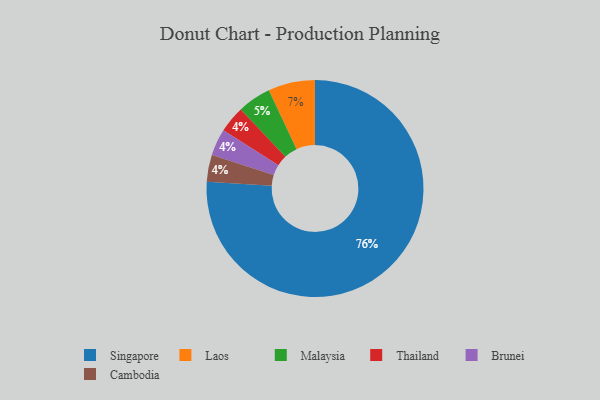
{"axis": {"x": "Category", "y": "Percentage"}, "legend": ["Brunei", "Cambodia", "Laos", "Malaysia", "Singapore", "Thailand"], "data": [{"x": "Thailand", "y": 4, "type": "Thailand"}, {"x": "Brunei", "y": 4, "type": "Brunei"}, {"x": "Malaysia", "y": 5, "type": "Malaysia"}, {"x": "Laos", "y": 7, "type": "Laos"}, {"x": "Cambodia", "y": 4, "type": "Cambodia"}, {"x": "Singapore", "y": 76, "type": "Singapore"}]}